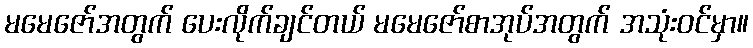
မမေဇော်အတွက် ပေးလိုက်ချင်တယ် မမေဇော်စာအုပ်အတွက် အသုံးဝင်မှာ။